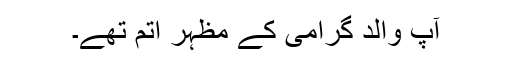
آپ والد گرامی کے مظہر اُتم تھے۔